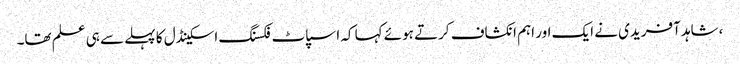
،شاہد آفریدی نے ایک اور اہم انکشاف کرتے ہوئے کہا کہ اسپاٹ فکسنگ اسکینڈل کا پہلے سے ہی علم تھا۔